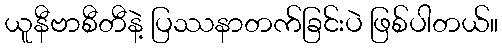
ယူနီဗာစီတီနဲ့ ပြဿနာတက်ခြင်းပဲ ဖြစ်ပါတယ်။